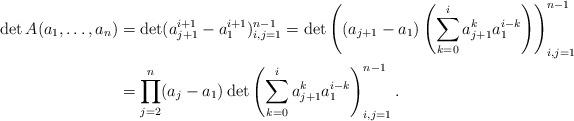
LaTeX: \begin{align*} \det A(a_1,\dots,a_n)&=\det(a_{j+1}^{i+1}-a_1^{i+1})_{i,j=1}^{n-1} =\det\left(\left(a_{j+1}-a_1\right) \left(\sum_{k=0}^{i}a_{j+1}^{k}a_1^{i-k}\right)\right)_{i,j=1}^{n-1}\\ &= \prod _{j=2}^{n}(a_{j}-a_1) \det\left(\sum_{k=0}^{i}a_{j+1}^{k}a_1^{i-k}\right)_{i,j=1}^{n-1}. \end{align*}